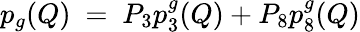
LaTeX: p_{g}(Q)\ =\ P_{3}p_{3}^{g}(Q)+P_{8}p_{8}^{g}(Q)